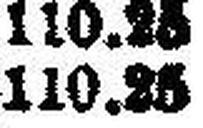
110.25